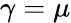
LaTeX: \gamma=\mu